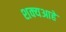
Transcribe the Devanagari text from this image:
शक्यआहे